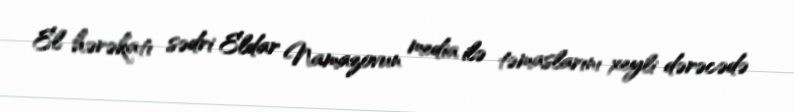
El hərəkatı sədri Eldar Namazovun media ilə təmaslarını xeyli dərəcədə